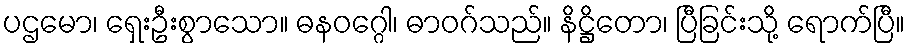
ပဌမော၊ ရှေးဦးစွာသော။ ဓနဝဂ္ဂေါ၊ ဓာဝဂ်သည်။ နိဋ္ဌိတော၊ ပြီခြင်းသို့ ရောက်ပြီ။